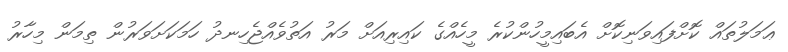
ޢަމަލުތައް ކޮށްފައިވަނިކޮށް އެބައިމީހުންކުރެ މީހެއްގެ ކައިރިއަށް މަރު އަތުވެއްޖެހިނދު ހަމަކަށަވަރުން ތިމަން މިހާރު